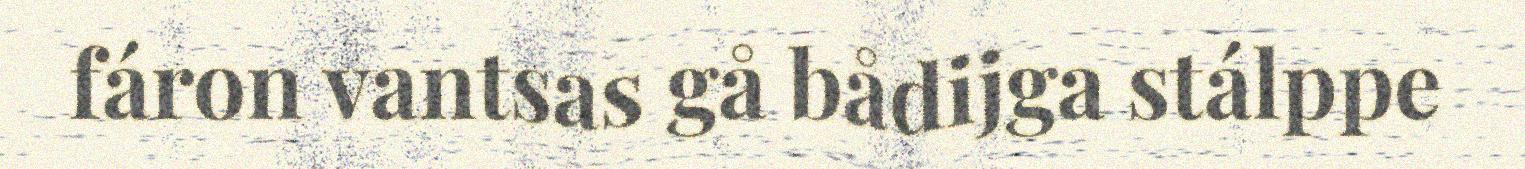
fáron vantsas gå bådijga stálppe